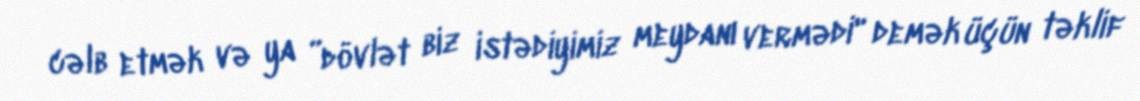
cəlb etmək və ya ”dövlət biz istədiyimiz meydanı vermədi" demək üçün təklif